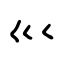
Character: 巛